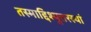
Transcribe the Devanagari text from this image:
तस्माद्दिश्युत्तरस्यां